Report on vaccination in Madras 1877-1894 - 1877-1894
Year: 1877
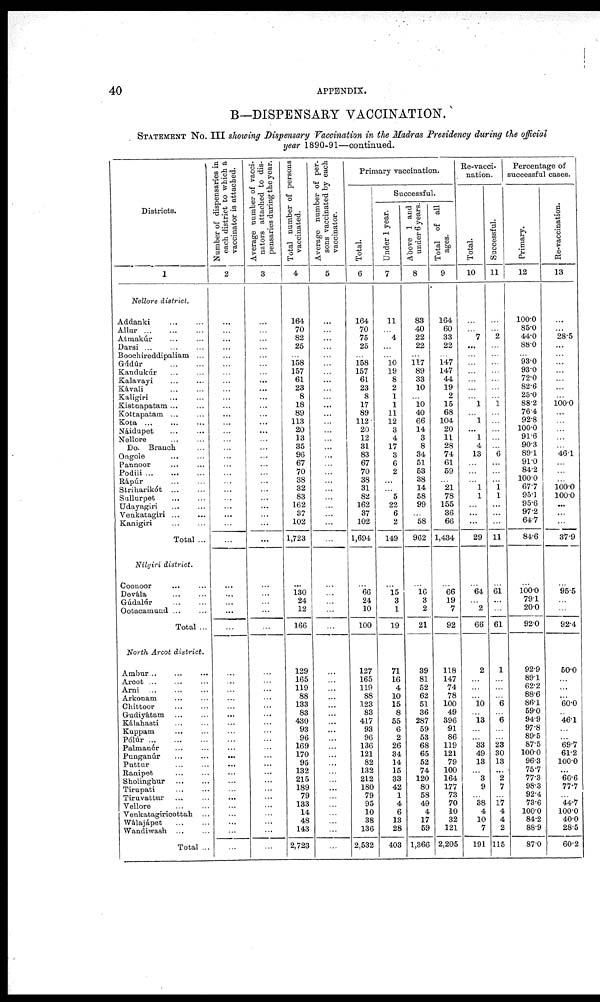
40
APPENDIX.
B— DISPENSARY VACCINATION.
STATEMENT No.III showing Dispensary Vaccination in the Madras Presidency during the official
year 1890-91—continued.
Districts.
1
Nellore district.
Addanki ... ...
Allur
...
...
...
Atmakúr ... ...
Darsi ... ... ...
Boochireddipaliam ...
Gúdúr
...
...
Kandukúr ... ...
Kalavayi ... ...
Kávali
...
...
Kaligiri ... ...
Kistnapatam ... ...
Kottapatam ... ...
Kota
...
...
...
Náidupet
...
...
Nellore ... ...
Do. Branch ...
Ongole ... ...
Pannoor ... ...
Podili
...
...
...
Rápúr
...
...
Striharikót
...
...
Sullurpet ... ...
Udayagiri ... ...
Venkatagiri ... ...
Kanigiri ... ...
Total ...
Nilgiri district.
Coonoor ... ...
Devála ... ...
Gúdalúr ... ...
Ootacamund ... ...
Total ...
North Arcot district.
Ambur
...
...
...
Arcot ... ... ...
Arni ... ... ...
Arkonam ... ...
Chittoor ... ...
Gudiyátam ... ...
Kálahasti ... ...
Kuppam ... ...
Pólúr
...
...
...
Palmanér ... ...
Punganúr ... ...
Pattur
...
...
Ranipet ... ...
Sholinghur
...
...
Tirupati ... ...
Tiruvattur
...
...
Vellore ... ...
Venkatagiricottah ...
Wálajápet ... ...
Wandiwash ... ...
Total ...
Number of dispensaries in
each district to which a
vaccinator is attached.
2
...
...
...
...
...
...
...
...
...
...
...
...
...
...
...
...
...
...
...
...
...
...
...
...
...
...
...
...
...
...
...
...
...
...
...
...
...
...
...
...
...
...
...
...
...
...
...
...
...
...
...
...
Average number of vacci-
nators attached to dis-
pensaries during the year.
3
...
...
...
...
...
...
...
...
...
...
...
...
...
...
...
...
...
...
...
...
...
...
...
...
...
...
...
...
...
...
...
...
...
...
...
...
...
...
...
...
...
...
...
...
...
...
...
...
...
...
...
...
Total number of persons
vaccinated.
4
164
70
82
25
...
158
157
61
23
8
18
89
113
20
13
35
96
67
70
38
32
83
162
37
102
1,723
...
130
24
12
166
129
165
119
88
133
83
430
93
96
169
170
95
132
215
189
79
133
14
48
143
2,723
Average number of per-
sons vaccinated by each
vaccinator.
5
...
...
...
...
...
...
...
...
...
...
...
...
...
...
...
...
...
...
...
...
...
...
...
...
...
...
...
...
...
...
...
...
...
...
...
...
...
...
...
...
...
...
...
...
...
...
...
...
...
...
...
...
Primary vaccination.
Total.
6
164
70
75
25
...
158
157
61
23
8
17
89
112
20
12
31
83
67
70
38
31
82
162
37
102
1,694
...
66
24
10
100
127
165
119
88
123
83
417
93
96
136
121
82
132
212
180
79
95
10
38
136
2,532
Successful.
Under 1 year.
7
11
...
4
...
...
10
19
8
2
1
1
11
12
3
4
17
3
6
2
...
...
5
22
6
2
149
...
15
3
1
19
71
16
4
10
15
8
55
6
2
26
34
14
15
33
42
1
4
6
13
28
403
Above 1 and
under 6 years.
8
83
40
22
22
...
117
89
33
10
...
10
40
66
14
3
8
34
51
53
38
14
58
99
...
58
962
...
16
3
2
21
39
81
52
62
51
36
287
59
53
68
65
52
74
120
80
58
49
4
17
59
1,366
Total of all
ages.
9
164
60
33
22
...
147
147
44
19
2
15
68
104
20
11
28
74
61
59
...
21
78
155
36
66
1,434
...
66
19
7
92
118
147
74
78
100
49
396
91
86
119
121
79
100
164
177
73
70
10
32
121
2,205
Re-vacci-
nation.
Total.
10
...
...
7
...
...
...
...
...
...
...
1
...
1
...
1
4
13
...
...
...
1
1
...
...
...
29
...
64
...
2
66
2
...
...
...
10
...
13
...
...
33
49
13
...
3
9
...
38
4
10
7
191
Successful.
11
...
...
2
...
...
...
...
...
...
...
1
...
...
...
...
...
6
...
...
...
1 1
...
...
...
11
...
61
...
...
61
1
...
...
...
6
...
6
...
...
23
30
13
...
2
7
...
17
4
4
2
115
Percentage of
successful cases.
Primary.
12
100.00
85.0
44.0
88.0
...
93.0
93.0
72.0
82.6
25.0
88.2
76.4
92.8
100.0
91.6
90.3
89.1
91.0
84.2
100.0
67.7
95.1
95.6
97.2
64.7
84.6
...
100.0
79.1
20.0
92.0
92.9
89.1
62.2
88.6
86.1
59.0
94.9
97.8
89.5
87.5
100.0
96.3
75.7
77.3
98.3
92.4
73.6
100.0
84.2
88.9
87.0
Re-vaccination.
13
...
...
28.5
...
...
...
...
...
...
...
100.0
...
...
...
...
...
46.1
...
...
...
100.0
100.0
...
...
...
37.9
...
95.5
...
...
92.4
50.0
...
...
...
60.0
...
46.1
...
...
69.7
61.2
100.0
...
66.6
77.7
...
44.7
100.0
40.0
28.5
60.2